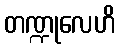
တဏ္ဍုလေဟိ